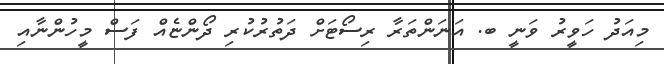
މިއަދު ހަވީރު ވަނީ ބ. އަނަންތަރާ ރިސޯޓަށް ދަތުރުކުރި ދޯންޏެއް ފަސް މީހުންނާއި